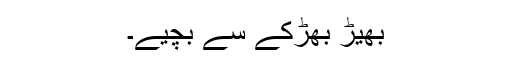
بھیڑ بھڑکّے سے بچیے۔